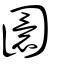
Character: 圜